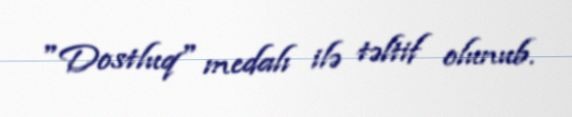
"Dostluq" medalı ilə təltif olunub.